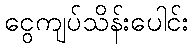
ငွေကျပ်သိန်းပေါင်း